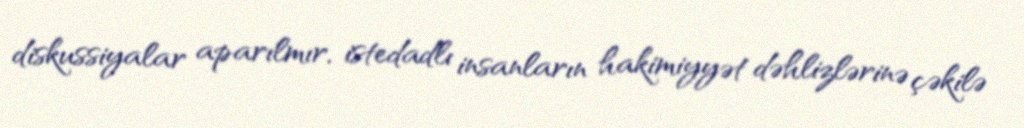
diskussiyalar aparılmır, istedadlı insanların hakimiyyət dəhlizlərinə çəkilə